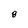
Character: 8